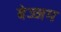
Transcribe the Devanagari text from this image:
बेज्जम